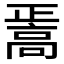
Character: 𱅸